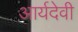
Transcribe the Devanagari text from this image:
आर्यदेवी